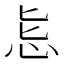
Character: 𱞄